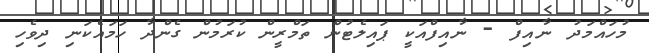
މުހައްމަދު ނާއިފް - ނާއިފްއަކީ ޕައިލެޓުން ތަމްރީން ކުރަމުން ގެންދާ ހަމައެކަނި ދިވެހި